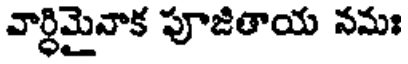
వార్ధిమైవాక పూజితాయ నమః